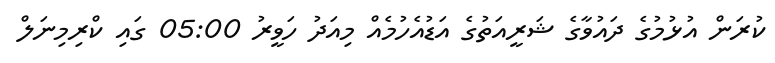
ކުރަން އުޅުމުގެ ދައުވާގެ ޝަރީއަތުގެ އަޑުއެހުމެއް މިއަދު ހަވީރު 05:00 ގައި ކްރިމިނަލް